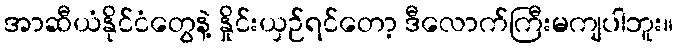
အာဆီယံနိုင်ငံတွေနဲ့ နှိုင်းယှဉ်ရင်တော့ ဒီလောက်ကြီးမကျပါဘူး။